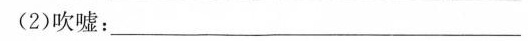
(2)吹嘘：___